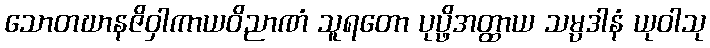
သောတဃာနဇိဝှါကာယဝိညာဏံ သူရတော ပုပ္ဖိအတ္ထာယ သမ္ပဒါနံ ယုဝါသု